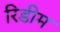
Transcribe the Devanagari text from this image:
रिडीम